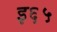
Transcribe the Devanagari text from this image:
इ६५